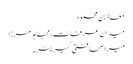
معاذ بن محمود
میدان عرفات، مجاہد مرزا
میرا صحافتی کیریئر۔